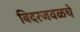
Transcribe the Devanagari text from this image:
बिदरजवळचे